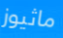
ماثيوز